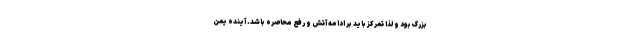
بزرگ بود و لذا تمرکز باید بر ادامه آتش و رفع محاصره باشد. آینده یمن